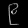
Digit: ၉